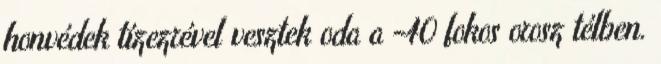
honvédek tízezrével vesztek oda a -40 fokos orosz télben.